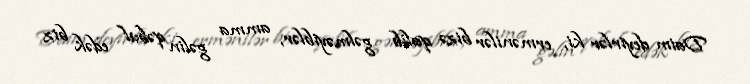
Daim deyirlər ki, ermənilər bizə qalib gəlməyiblər, amma gəlin qəbul edək biz